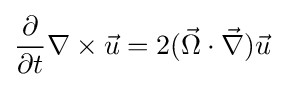
{\frac {\partial }{\partial t}}\nabla \times {\vec {u}}=2({\vec {\Omega }}\cdot {\vec {\nabla }}){\vec {u}}